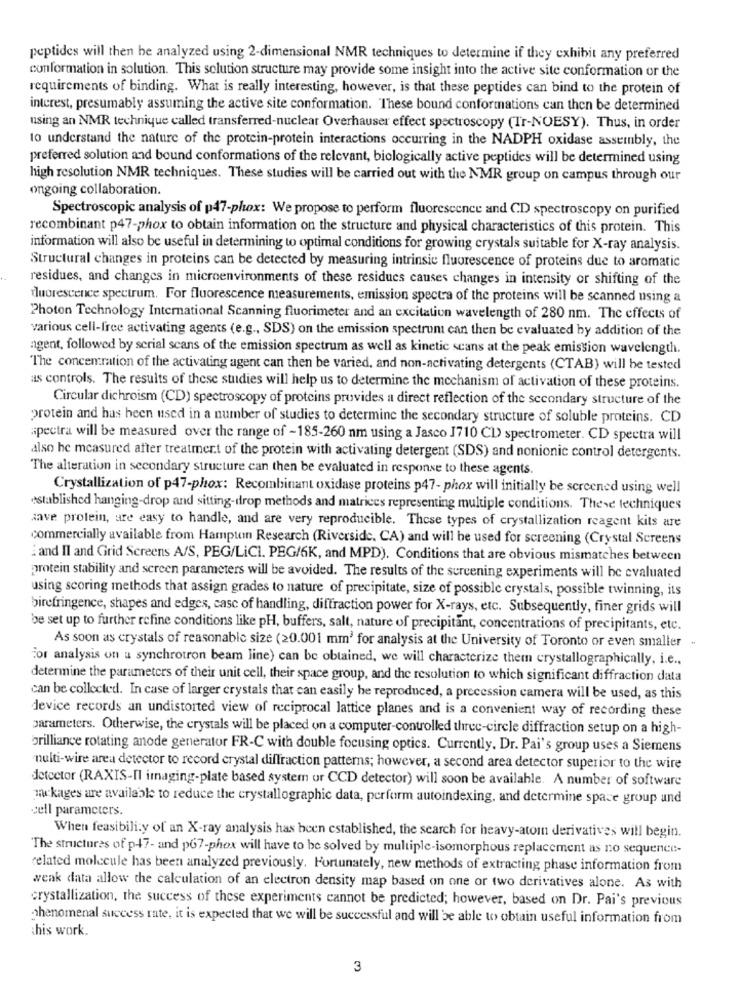
peptides will then be analyzed using 2-dimensional NMR techniques to determine if they exhibit any preferred
conformation in solution. This solution structure may provide some insight into the active site conformation or the
requirements of binding. What is really interesting, however, is that these peptides can bind to the protein of
interest, presumably assuming the active site conformation. These bound conformations can then be determined
using an NMR technique called transferred-nuclear Overhauser effect spectroscopy (Tr-NOESY). Thus, in order
to understand the nature of the protein-protein interactions occurring in the NADPH oxidase assembly, the
preferred solution and bound conformations of the relevant, biologically active peptides will be determined using
high resolution NMR techniques. These studies will be carried out with the NMR group on campus through our
ongoing collaboration.
Spectroscopic analysis of p47-phox: We propose to perform fluorescence and CD spectroscopy on purified
recombinant p47-phox to obtain information on the structure and physical characteristics of this protein. This
information will also be useful in determining to optimal conditions for growing crystals suitable for X-ray analysis.
Structural changes in proteins can be detected by measuring intrinsic fluorescence of proteins due to aromatic
residues, and changes in microenvironments of these residues causes changes in intensity or shifting of the
fluorescence spectrum. For fluorescence measurements, emission spectra of the proteins will be scanned using a
Photon Technology International Scanning fluorimeter and an excitation wavelength of 280 nm. The effects of
various cell-free activating agents (e.g ., SDS) on the emission spectrum can then be evaluated by addition of the
agent, followed by serial scans of the emission spectrum as well as kinetic scans at the peak emission wavelength.
The concemmtion of the activating agent can then be varied, and non-activating detergents (CTAB) will be tested
as controls. The results of these studies will help us to determine the mechanism of activation of these proteins.
Circular dichroism (CD) spectroscopy of proteins provides a direct reflection of the secondary structure of the
protein and has been used in a number of studies to determine the secondary structure of soluble proteins. CD
spectra will be measured over the range of -185-260 nm using a Jasco J710 CL) spectrometer. CD spectra will
also he measured after treatment of the protein with activating detergent (SDS) and nonionic control detergents.
The alteration in secondary structure can then be evaluated in response to these agents.
Crystallization of p47-phox: Recombinant oxidase proteins p47- phox will initially be screened using well
established hanging-drop and sitting-drop methods and matrices representing multiple conditions. These techniques
save protein, are easy to handle, and are very reproducible. These types of crystallization reagent kits are
commercially available from Hampton Research (Riverside, CA) and will be used for screening (Crystal Screens
i and II and Grid Screens A/S, PEG/LiCI. PEG/6K, and MPD). Conditions that are obvious mismatches between
protein stability and screen parameters will be avoided. The results of the screening experiments will be evaluated
using scoring methods that assign grades to nature of precipitate, size of possible crystals, possible twinning, its
birefringence, shapes and edges, case of handling, diffraction power for X-rays, etc. Subsequently, finer grids will
be set up to further refine conditions like pH, buffers, salt, nature of precipitant, concentrations of precipitants, etc.
As soon as crystals of reasonable size (20.001 mm' for analysis at the University of Toronto or even smaller -
For analysis on a synchrotron beam line) can be obtained, we will characterize them crystallographically, i.e .,
determine the parameters of their unit cell, their space group, and the resolution to which significant diffraction data
can be collected. In case of larger crystals that can easily be reproduced, a precession camera will be used, as this
device records an undistorted view of reciprocal lattice planes and is a convenient way of recording these
parameters. Otherwise, the crystals will be placed on a computer-controlled three-circle diffraction setup on a high-
brilliance rotating anode generator FR-C with double focusing optics. Currently. Dr. Pai's group uses a Siemens
multi-wire area detector to record crystal diffraction patterns; however, a second area detector superior to the wire
detector (RAXIS-Il imaging-plate based system or CCD detector) will soon be available. A number of software
mekages are available to reduce the crystallographic data, perform autoindexing, and determine space group and
sell parameters.
When feasibility of an X-ray analysis has been established, the search for heavy-atom derivatives will begin.
The structures of p-47- and p67-phox will have to be solved by multiple-isomorphous replacement as no sequence-
related molecule has been analyzed previously. Fortunately, new methods of extracting phase information from
weak data allow the calculation of an electron density map based on one or two derivatives alone. As with
crystallization, the success of these experiments cannot be predicted; however, based on Dr. Pai's previous
phenomenal success rate, it is expected that we will be successful and will be able to obtain useful information from
this work.
3